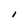
Character: I